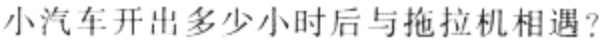
小汽车开出多少小时后与拖拉机相遇?